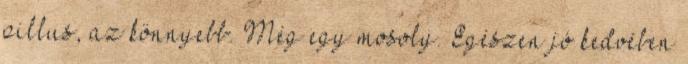
pillus, az könnyebb. Még egy mosoly. Egészen jó kedvében